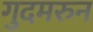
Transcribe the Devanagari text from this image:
गुदमरुन